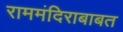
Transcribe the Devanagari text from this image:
राममंदिराबाबत